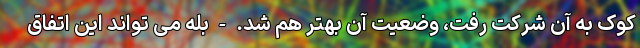
کوک به آن شرکت رفت، وضعیت آن بهتر هم شد. - بله می تواند این اتفاق